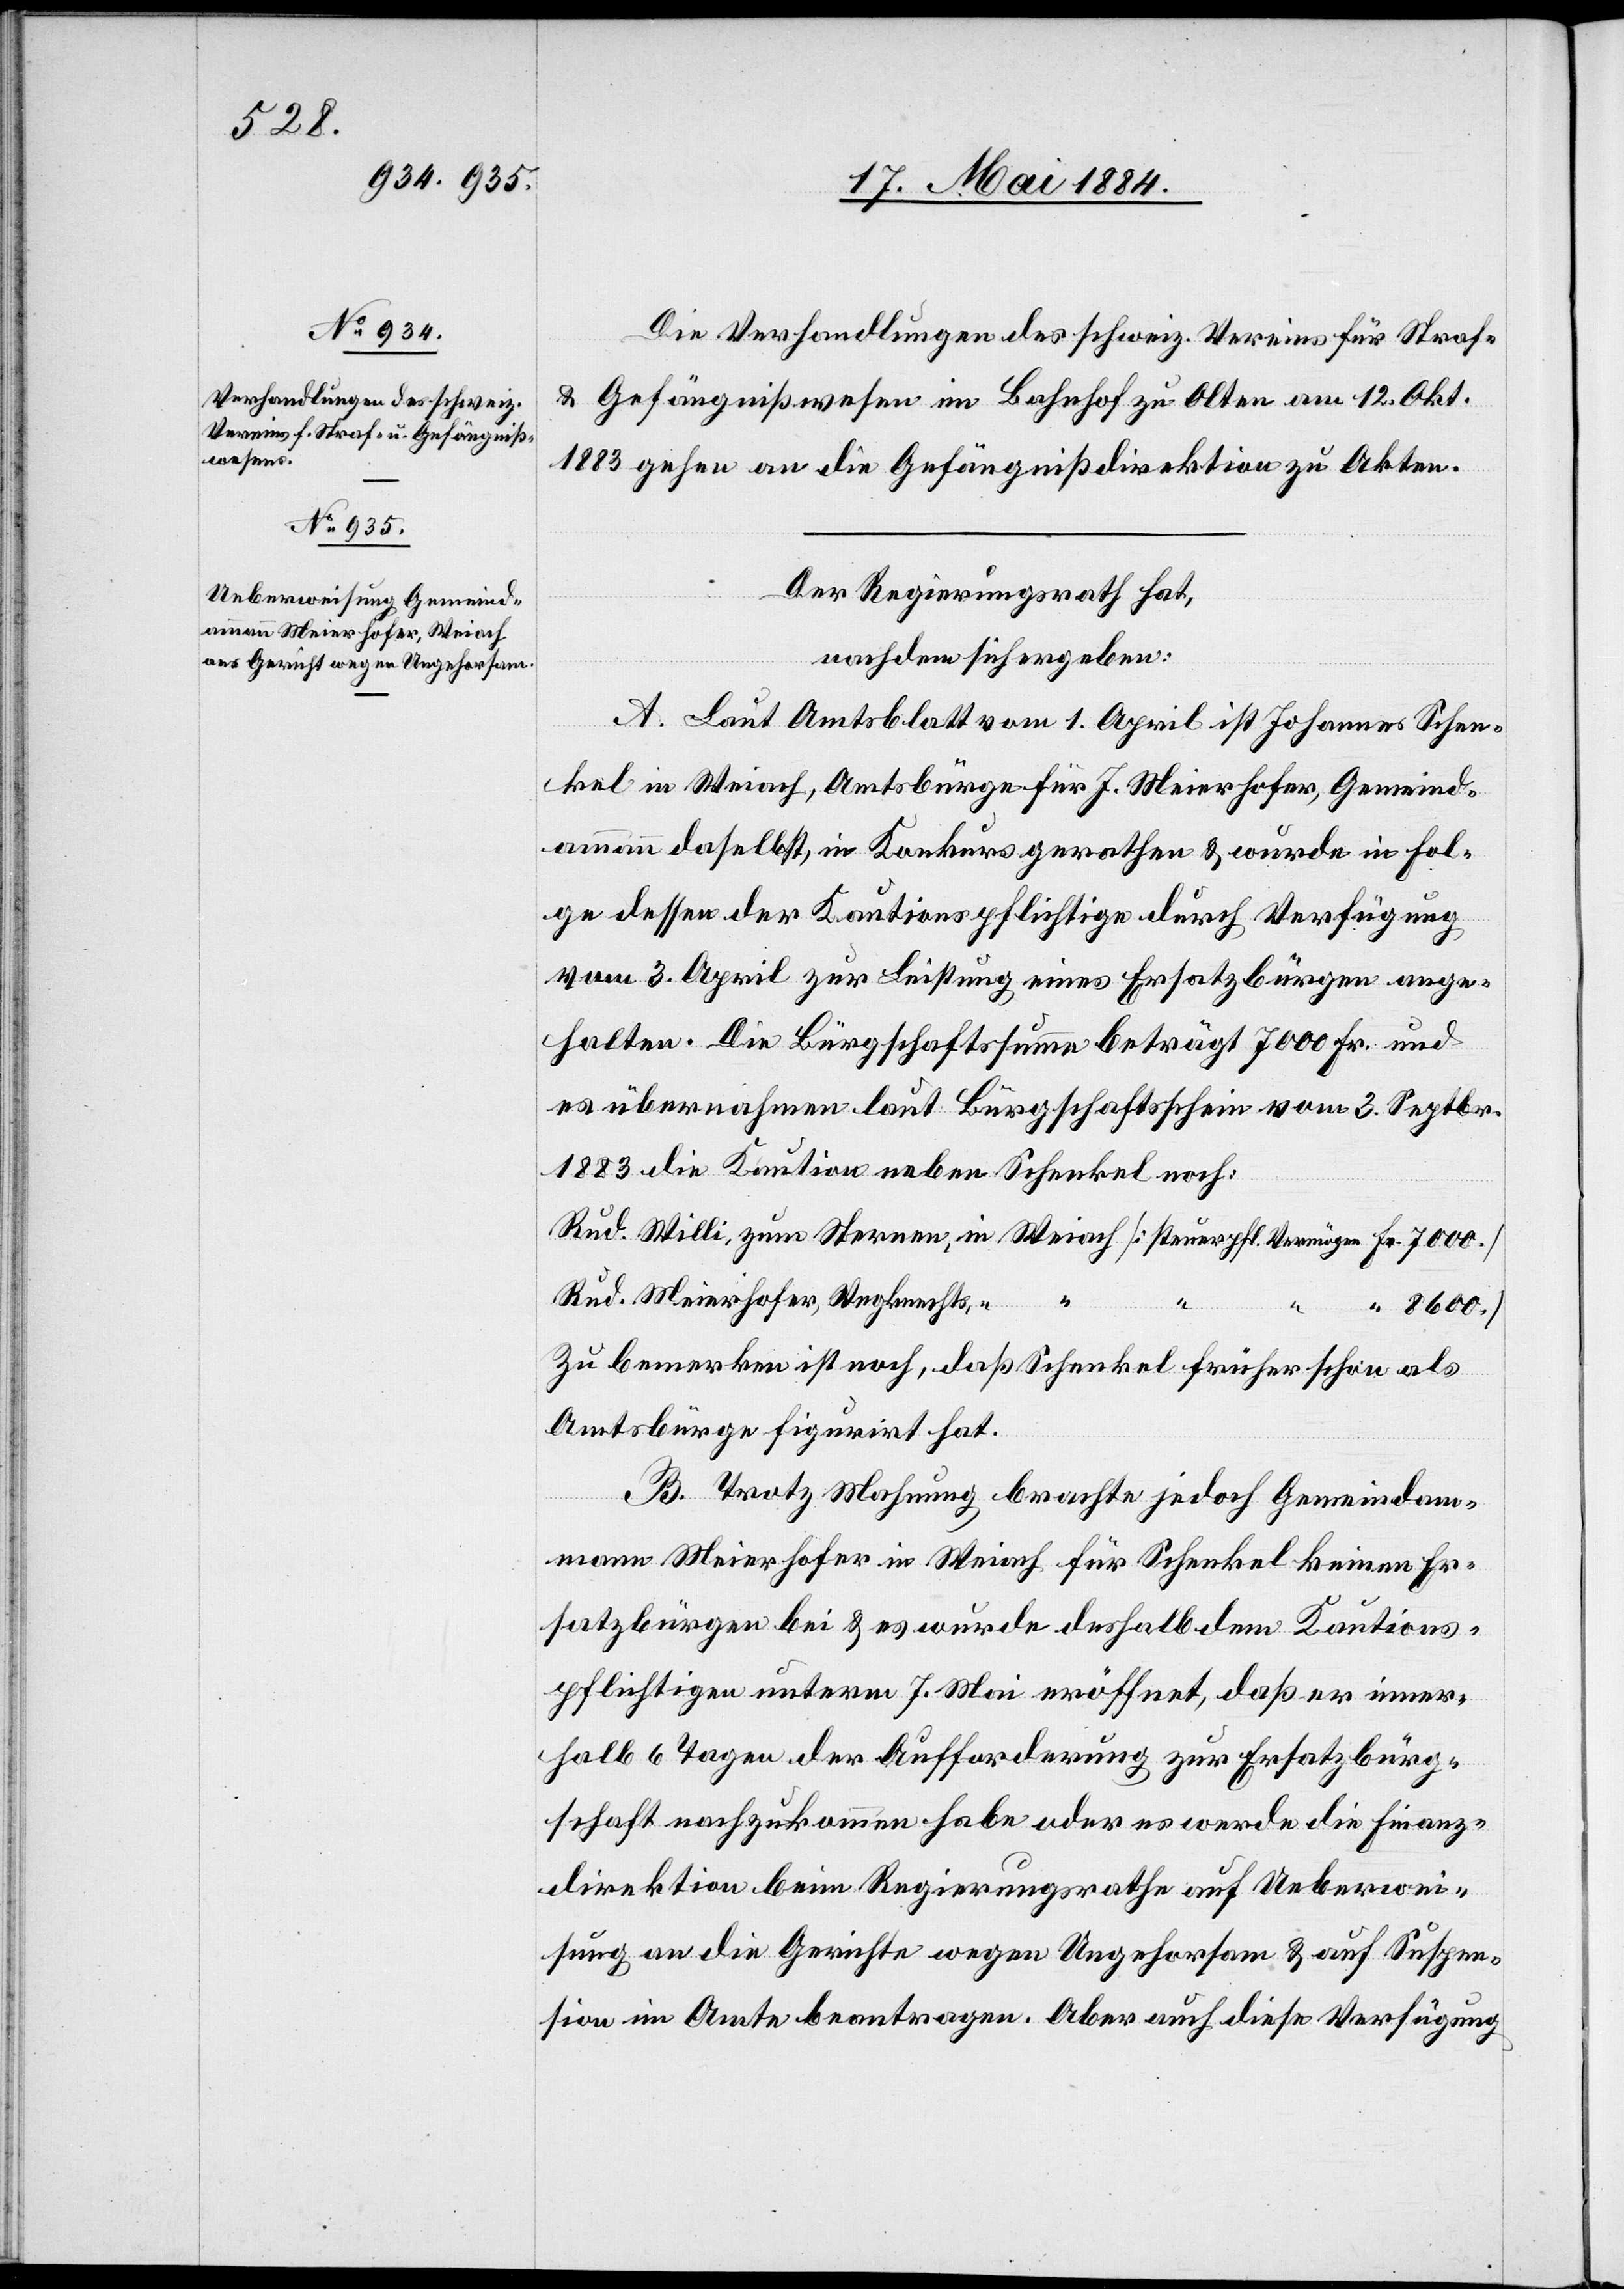
Die Verhandlungen des schweiz. Vereins für Straf-
& Gefängnißwesen im Bahnhof zu Olten am 12. Okt.
1883 gehen an die Gefängnißdirektion zu Akten.
Der Regierungsrath hat,
nachdem sich ergeben:
A. Laut Amtsblatt vom 1. April ist Johannes Schen¬
kel in Weiach, Amtsbürge für J. Meierhofer, Gemeind¬
ammann daselbst, in Konkurs gerathen & wurde in Fol¬
ge dessen der Kautionspflichtige durch Verfügung
vom 3. April zur Leistung eines Ersatzbürgen ange¬
halten. Die Bürgschaftssumme beträgt 7000 Fr. und
es übernahmen laut Bürgschaftsschein vom 3. Septbr.
1883 die Kaution neben Schenkel noch:
Rud. Meierhofer, Wegknechts,
Zu bemerken ist noch, daß Schenkel früher schon als
Amtsbürge figurirt hat.
B. Trotz Mahnung brachte jedoch Gemeindeam¬
mann Meierhofer in Weiach für Schenkel keinen Er¬
satzbürgen bei & es wurde deshalb dem Kautions¬
pflichtigen unterm 7. Mai eröffnet, daß er inner¬
halb 6 Tagen der Aufforderung zur Ersatzbürg¬
schaft nachzukommen habe oder es werde die Finanz¬
direktion beim Regierungsrathe auf Ueberwei¬
sung an die Gerichte wegen Ungehorsam & auf Suspen¬
sion im Amte beantragen. Aber auch diese Verfügung